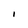
Character: I